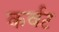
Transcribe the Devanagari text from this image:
कर्वट